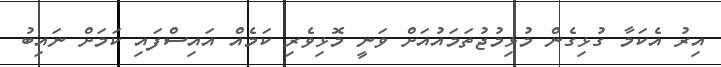
އިރު އެކަމާ ގުޅިގެން މުޅިމުޖުތަމައުއަށް ވަނީ މޮޅިވެރި ކަމެއް އައިސްފައި ކަމަށް ނައިބު